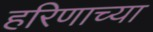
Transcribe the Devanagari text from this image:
हरिणाच्या